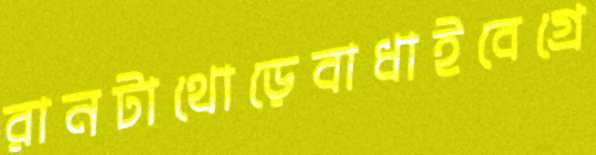
রানটাথোড়েবাধাইবেগ্রে